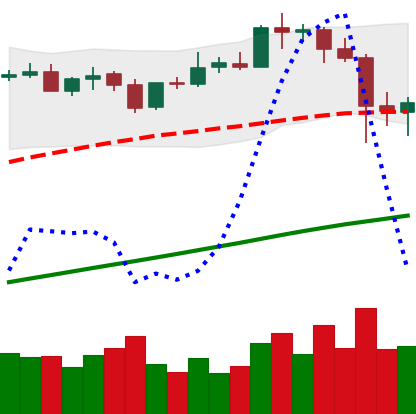
Ticker: BTC-USD
Chart end date: 2021-04-20
Forward return: -13.225%
Label: down_7plus